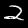
Digit: 2